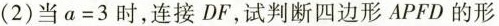
(2)当$$a = 3$$时，连接DF，试判断四边形APFD的形